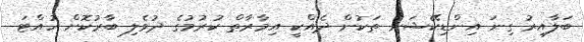
ބަލާއިރު ގިނަ އިންޑިކޭޝަން ތަކުން ދެއްކީ އިމާރާތް ކުރުމުގެ ދުވެލި ބާރުކޮށް ހުއްޓަ